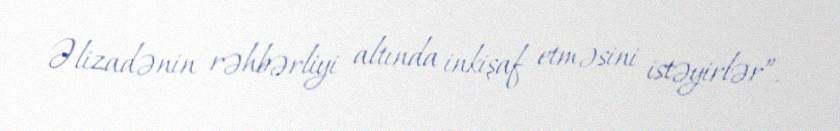
Əlizadənin rəhbərliyi altında inkişaf etməsini istəyirlər”.